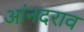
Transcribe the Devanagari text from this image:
आंनदराव